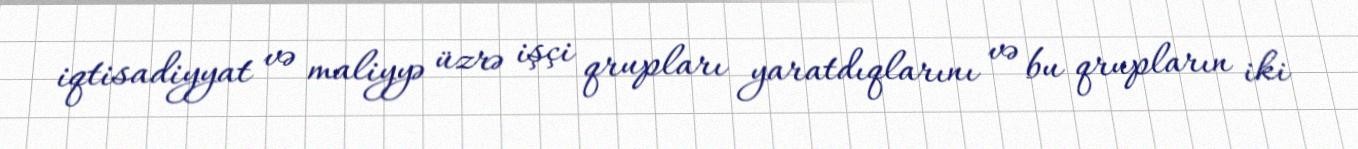
iqtisadiyyat və maliyyə üzrə işçi qrupları yaratdıqlarını və bu qrupların iki